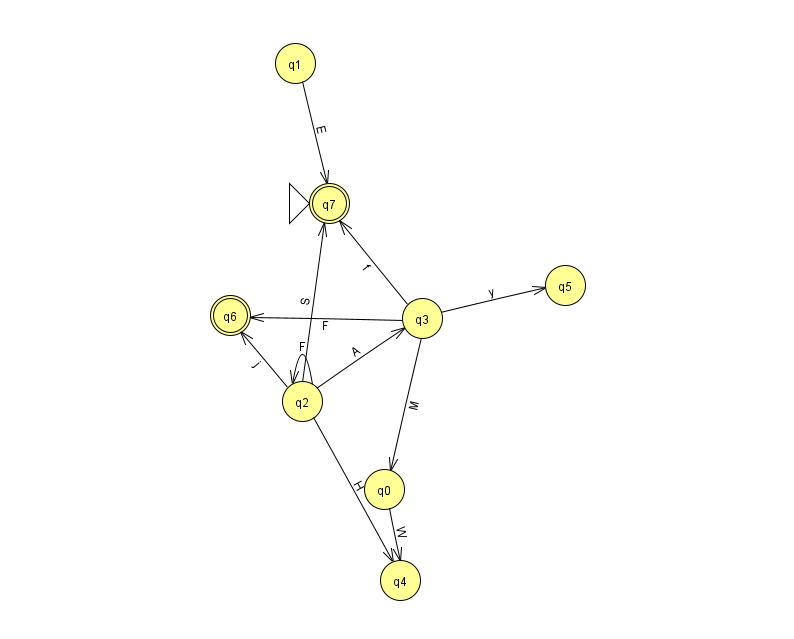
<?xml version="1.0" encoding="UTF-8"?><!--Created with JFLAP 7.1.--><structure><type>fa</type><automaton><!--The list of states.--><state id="0" name="q0"><x>384.0</x><y>476.0</y></state><state id="1" name="q1"><x>295.0</x><y>50.0</y></state><state id="2" name="q2"><x>302.0</x><y>388.0</y></state><state id="3" name="q3"><x>422.0</x><y>305.0</y></state><state id="4" name="q4"><x>400.0</x><y>567.0</y></state><state id="5" name="q5"><x>565.0</x><y>272.0</y></state><state id="6" name="q6"><x>230.0</x><y>302.0</y><final/></state><state id="7" name="q7"><x>329.0</x><y>190.0</y><initial/><final/></state><!--The list of transitions.--><transition><from>1</from><to>7</to><read>E</read></transition><transition><from>3</from><to>7</to><read>f</read></transition><transition><from>2</from><to>2</to><read>F</read></transition><transition><from>3</from><to>5</to><read>y</read></transition><transition><from>2</from><to>4</to><read>H</read></transition><transition><from>3</from><to>0</to><read>M</read></transition><transition><from>3</from><to>6</to><read>F</read></transition><transition><from>2</from><to>6</to><read>j</read></transition><transition><from>2</from><to>7</to><read>S</read></transition><transition><from>2</from><to>3</to><read>A</read></transition><transition><from>0</from><to>4</to><read>W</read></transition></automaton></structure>